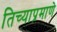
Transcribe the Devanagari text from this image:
तिच्याप्रमाणे